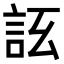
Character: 𧦚